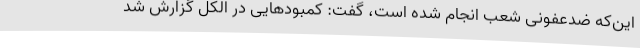
این‌که ضدعفونی شعب انجام شده است، گفت: کمبودهایی در الکل گزارش شد